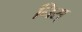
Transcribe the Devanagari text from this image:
निस्